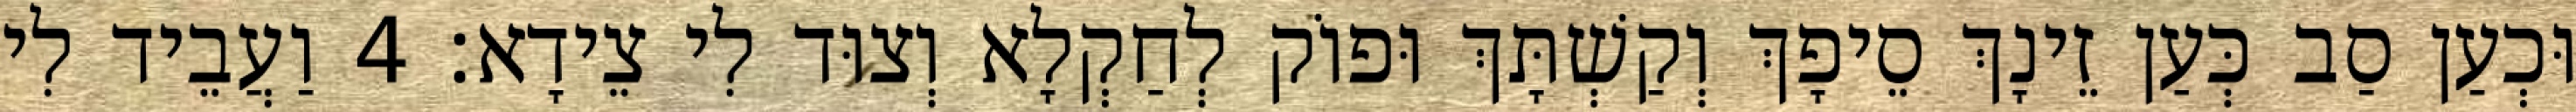
וּכְעַן סַב כְּעַן זֵינָךְ סֵיפָךְ וְקַשְׁתָּךְ וּפוֹק לְחַקְלָא וְצוּד לִי צֵידָא׃ 4 וַעֲבֵיד לִי